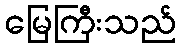
မြေကြီးသည်